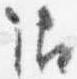
御